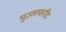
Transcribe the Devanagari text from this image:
मुज़्जफरीद